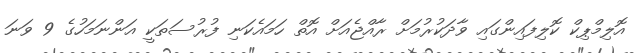
އޮލިމްޕިކް ކޮލިފައިންގައި ވާދަކުރުމަށް ރާއްޖެއަށް އޮތް ހަމައެކަނި ފުރުސަތަކީ އަންނަމަހުގެ 9 ވަނަ